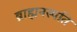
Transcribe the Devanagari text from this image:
ब्राह्मनस्पति